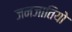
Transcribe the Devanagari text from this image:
जनजातियो